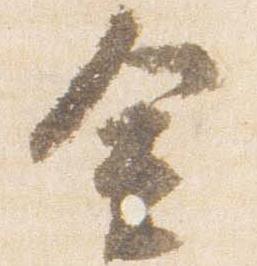
金